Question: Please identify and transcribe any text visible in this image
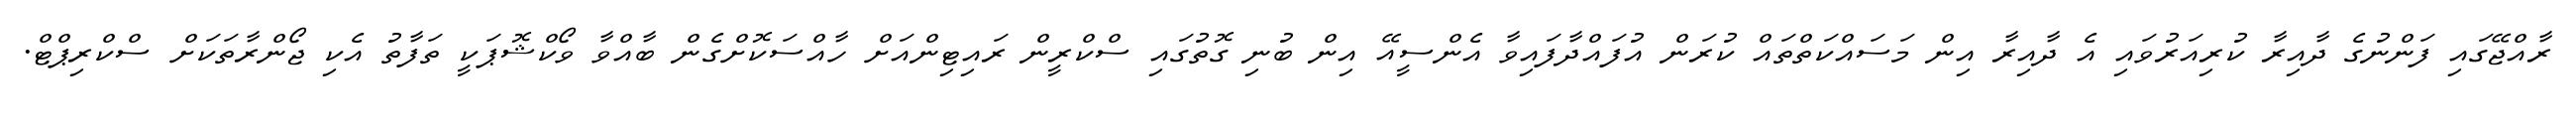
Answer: ރާއްޖޭގައި ފަންނުގެ ދާއިރާ ކުރިއަރުވައި އެ ދާއިރާ އިން މަސައްކަތްތައް ކުރަން އުފައްދާފައިވާ އެންސީއޭ އިން ބުނި ގޮތުގައި ސްކްރީން ރައިޓިންއަށް ހާއްސަކޮށްގެން ބާއްވާ ވޯކްޝޮޕަކީ ތަފާތު އެކި ޖޯންރާތަކަށް ސްކްރިޕްޓް.